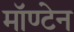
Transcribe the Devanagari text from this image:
मॉण्टेन